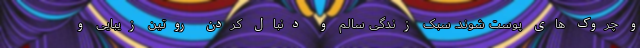
و چروک های پوست شوند. سبک زندگی سالم و دنبال کردن روتین زیبایی و